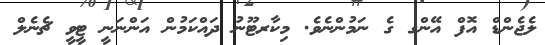
ލެޖެންޑް އޮފް އޭންގ ގެ ނަމުންނެވެ. މިކާރޓޫނު ދައްކަމުން އަންނަނީ ޓީވީ ޗެނެލް